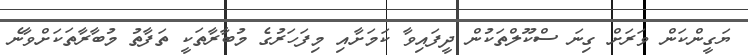
ޔަގީންކަން ވަރަށް ގިނަ ސްކޫލްތަކުން ދީފައިވާ ކަމަށާއި މިފަހަރުގެ މުބާރާތަކީ ތަފާތު މުބާރާތަކަށްވާނެ